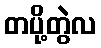
တပို့တွဲလ